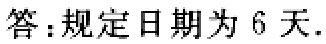
答：规定日期为 6 天.